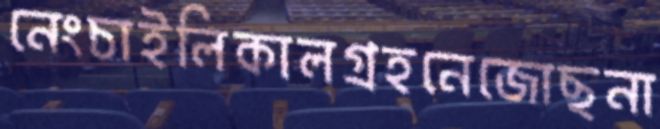
নেংচাইলিকালগ্রহনেজোছনা